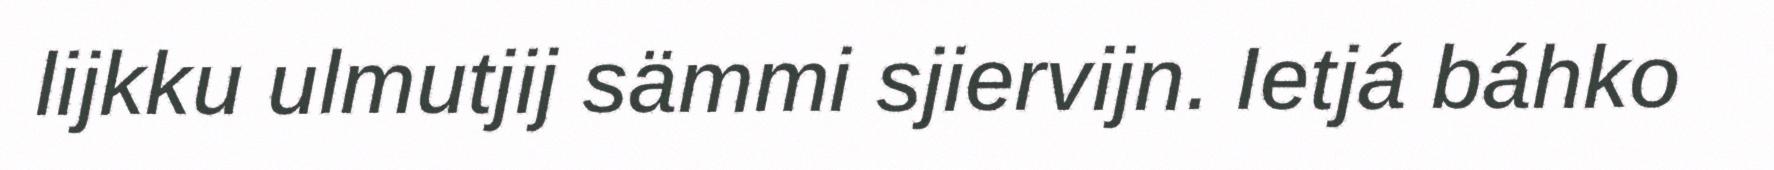
lijkku ulmutjij sämmi sjiervijn. Ietjá báhko